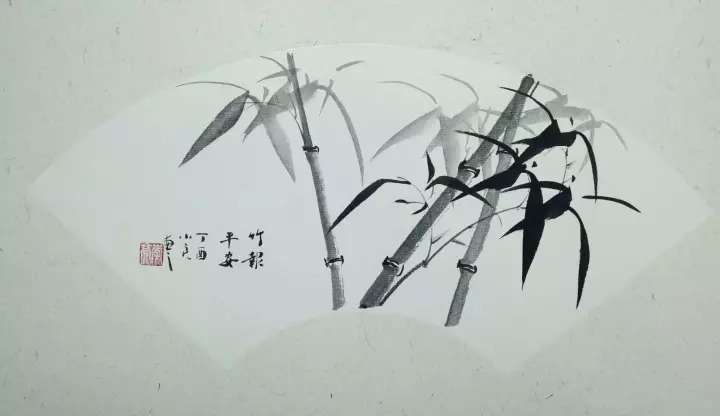
竹影和诗瘦，梅花入梦香。